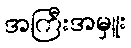
အကြီးအမှူး